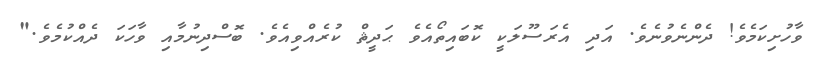
ވާހުށިކަމެވެ! ދެންނެވުނެވެ. އަދި އެރަސޫލަކީ ކޮބައިތޯއެވެ ޙަދީޘް ކުރެއްވިއެވެ. ބޮސްދިނުމާއި ވާހަކަ ދެއްކުމެވެ."